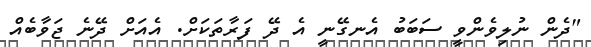
"ދެން ނުލިވެންވީ ސަބަބު އެނގޭނީ އެ ދޭ ފަރާތަކަށް. އެއަށް ދޭނެ ޖަވާބެއް